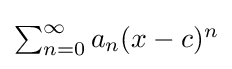
{\textstyle \sum _{n=0}^{\infty }a_{n}(x-c)^{n}}